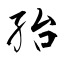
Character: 孡